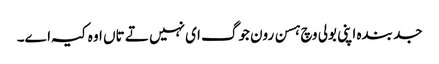
جد بندہ اپنی بولی وچ ہسن رون جوگ ای نہیں تے تاں اوہ کیہ اے۔